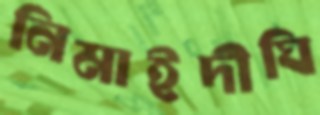
নিমাইদীঘি